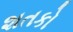
શતકો